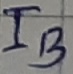
Text: IB